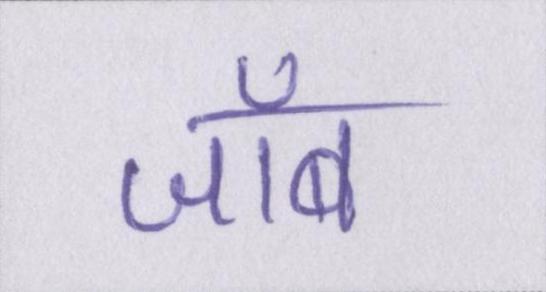
जॉब